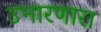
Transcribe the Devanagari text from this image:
उभारणारा